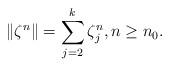
LaTeX: \begin{align*} \Vert \zeta^{n}\Vert= \sum_{j=2}^{k} \zeta_{j}^{n}, n\geq n_{0}.\end{align*}